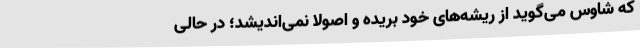
که شاوس می‌گوید از ریشه‌های خود بریده و اصولا نمی‌اندیشد؛ در حالی